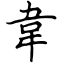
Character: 韋